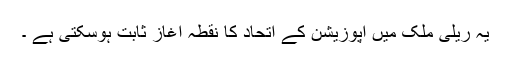
یہ ریلی ملک میں اپوزیشن کے اتحاد کا نقطہ آغاز ثابت ہوسکتی ہے ۔